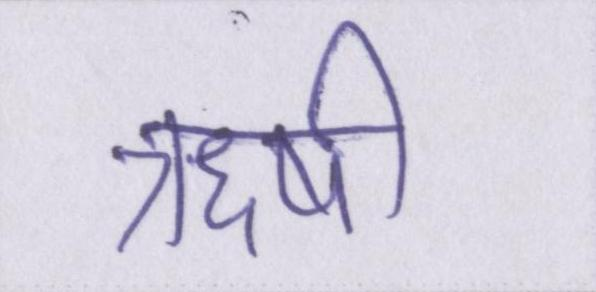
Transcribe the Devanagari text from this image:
ऋषी